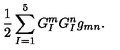
\frac { 1 } { 2 } \sum _ { I = 1 } ^ { 5 } G _ { I } ^ { m } G _ { I } ^ { n } g _ { m n } .